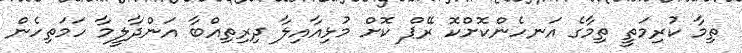
ތިމާ ކުރިމަތީ ތިމާގެ އަނހެންކޮށްކޮ ރޭޕް ކޮށް މުޅިއާއިލާ ދިރިތިއްބާ އަންދާލީމާ ހަމަތިހެން